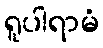
ရူပါရာမံ